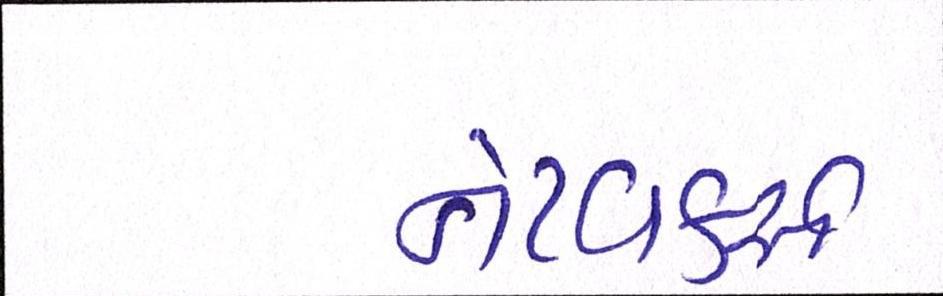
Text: નેટવર્ક્સ